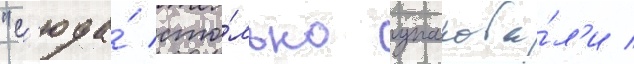
"с'юда́ сто́лько упакова́л'и /